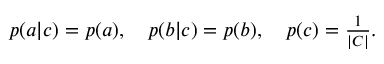
\begin{array} { r } { p ( a | c ) = p ( a ) , \quad p ( b | c ) = p ( b ) , \quad p ( c ) = \frac { 1 } { | C | } . } \end{array}